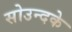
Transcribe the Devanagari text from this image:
सोउन्दके